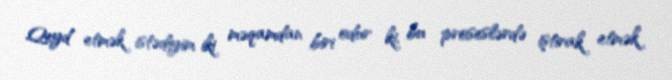
Qeyd etmək istədiyim iki məqamdan biri odur ki, bu proseslərdə iştirak etmək